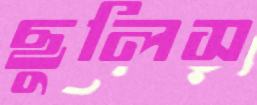
ছুলিস